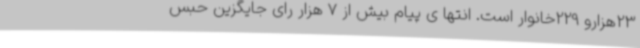
23هزارو 229خانوار است. انتها ی پیام بیش از 7 هزار رای جایگزین حبس